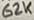
Text: 62K